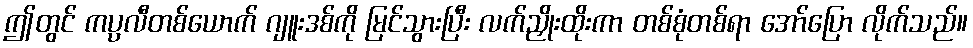
ဤတွင် ကပ္ပလီတစ်ယောက် ဂျူးဒစ်ကို မြင်သွားပြီး လက်ညှိုးထိုးကာ တစ်စုံတစ်ရာ အော်ပြော လိုက်သည်။